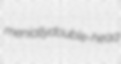
menially double-head